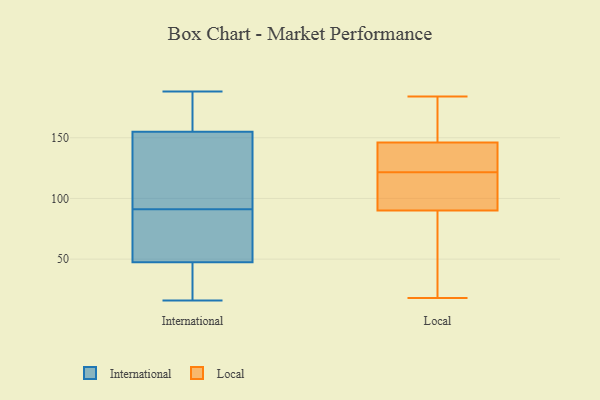
{"axis": {"x": "Demand Index", "y": "Value"}, "legend": ["International", "Local"], "data": [{"x": "", "y": 158, "type": "International"}, {"x": "", "y": 51, "type": "International"}, {"x": "", "y": 90, "type": "International"}, {"x": "", "y": 159, "type": "International"}, {"x": "", "y": 161, "type": "International"}, {"x": "", "y": 16, "type": "International"}, {"x": "", "y": 37, "type": "International"}, {"x": "", "y": 44, "type": "International"}, {"x": "", "y": 143, "type": "International"}, {"x": "", "y": 37, "type": "International"}, {"x": "", "y": 129, "type": "International"}, {"x": "", "y": 56, "type": "International"}, {"x": "", "y": 188, "type": "International"}, {"x": "", "y": 92, "type": "International"}, {"x": "", "y": 156, "type": "International"}, {"x": "", "y": 154, "type": "International"}, {"x": "", "y": 28, "type": "International"}, {"x": "", "y": 143, "type": "International"}, {"x": "", "y": 86, "type": "International"}, {"x": "", "y": 51, "type": "International"}, {"x": "", "y": 127, "type": "Local"}, {"x": "", "y": 105, "type": "Local"}, {"x": "", "y": 61, "type": "Local"}, {"x": "", "y": 100, "type": "Local"}, {"x": "", "y": 184, "type": "Local"}, {"x": "", "y": 116, "type": "Local"}, {"x": "", "y": 131, "type": "Local"}, {"x": "", "y": 87, "type": "Local"}, {"x": "", "y": 18, "type": "Local"}, {"x": "", "y": 146, "type": "Local"}, {"x": "", "y": 172, "type": "Local"}, {"x": "", "y": 157, "type": "Local"}, {"x": "", "y": 90, "type": "Local"}, {"x": "", "y": 133, "type": "Local"}]}